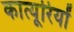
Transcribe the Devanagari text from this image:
कात्यूरियों